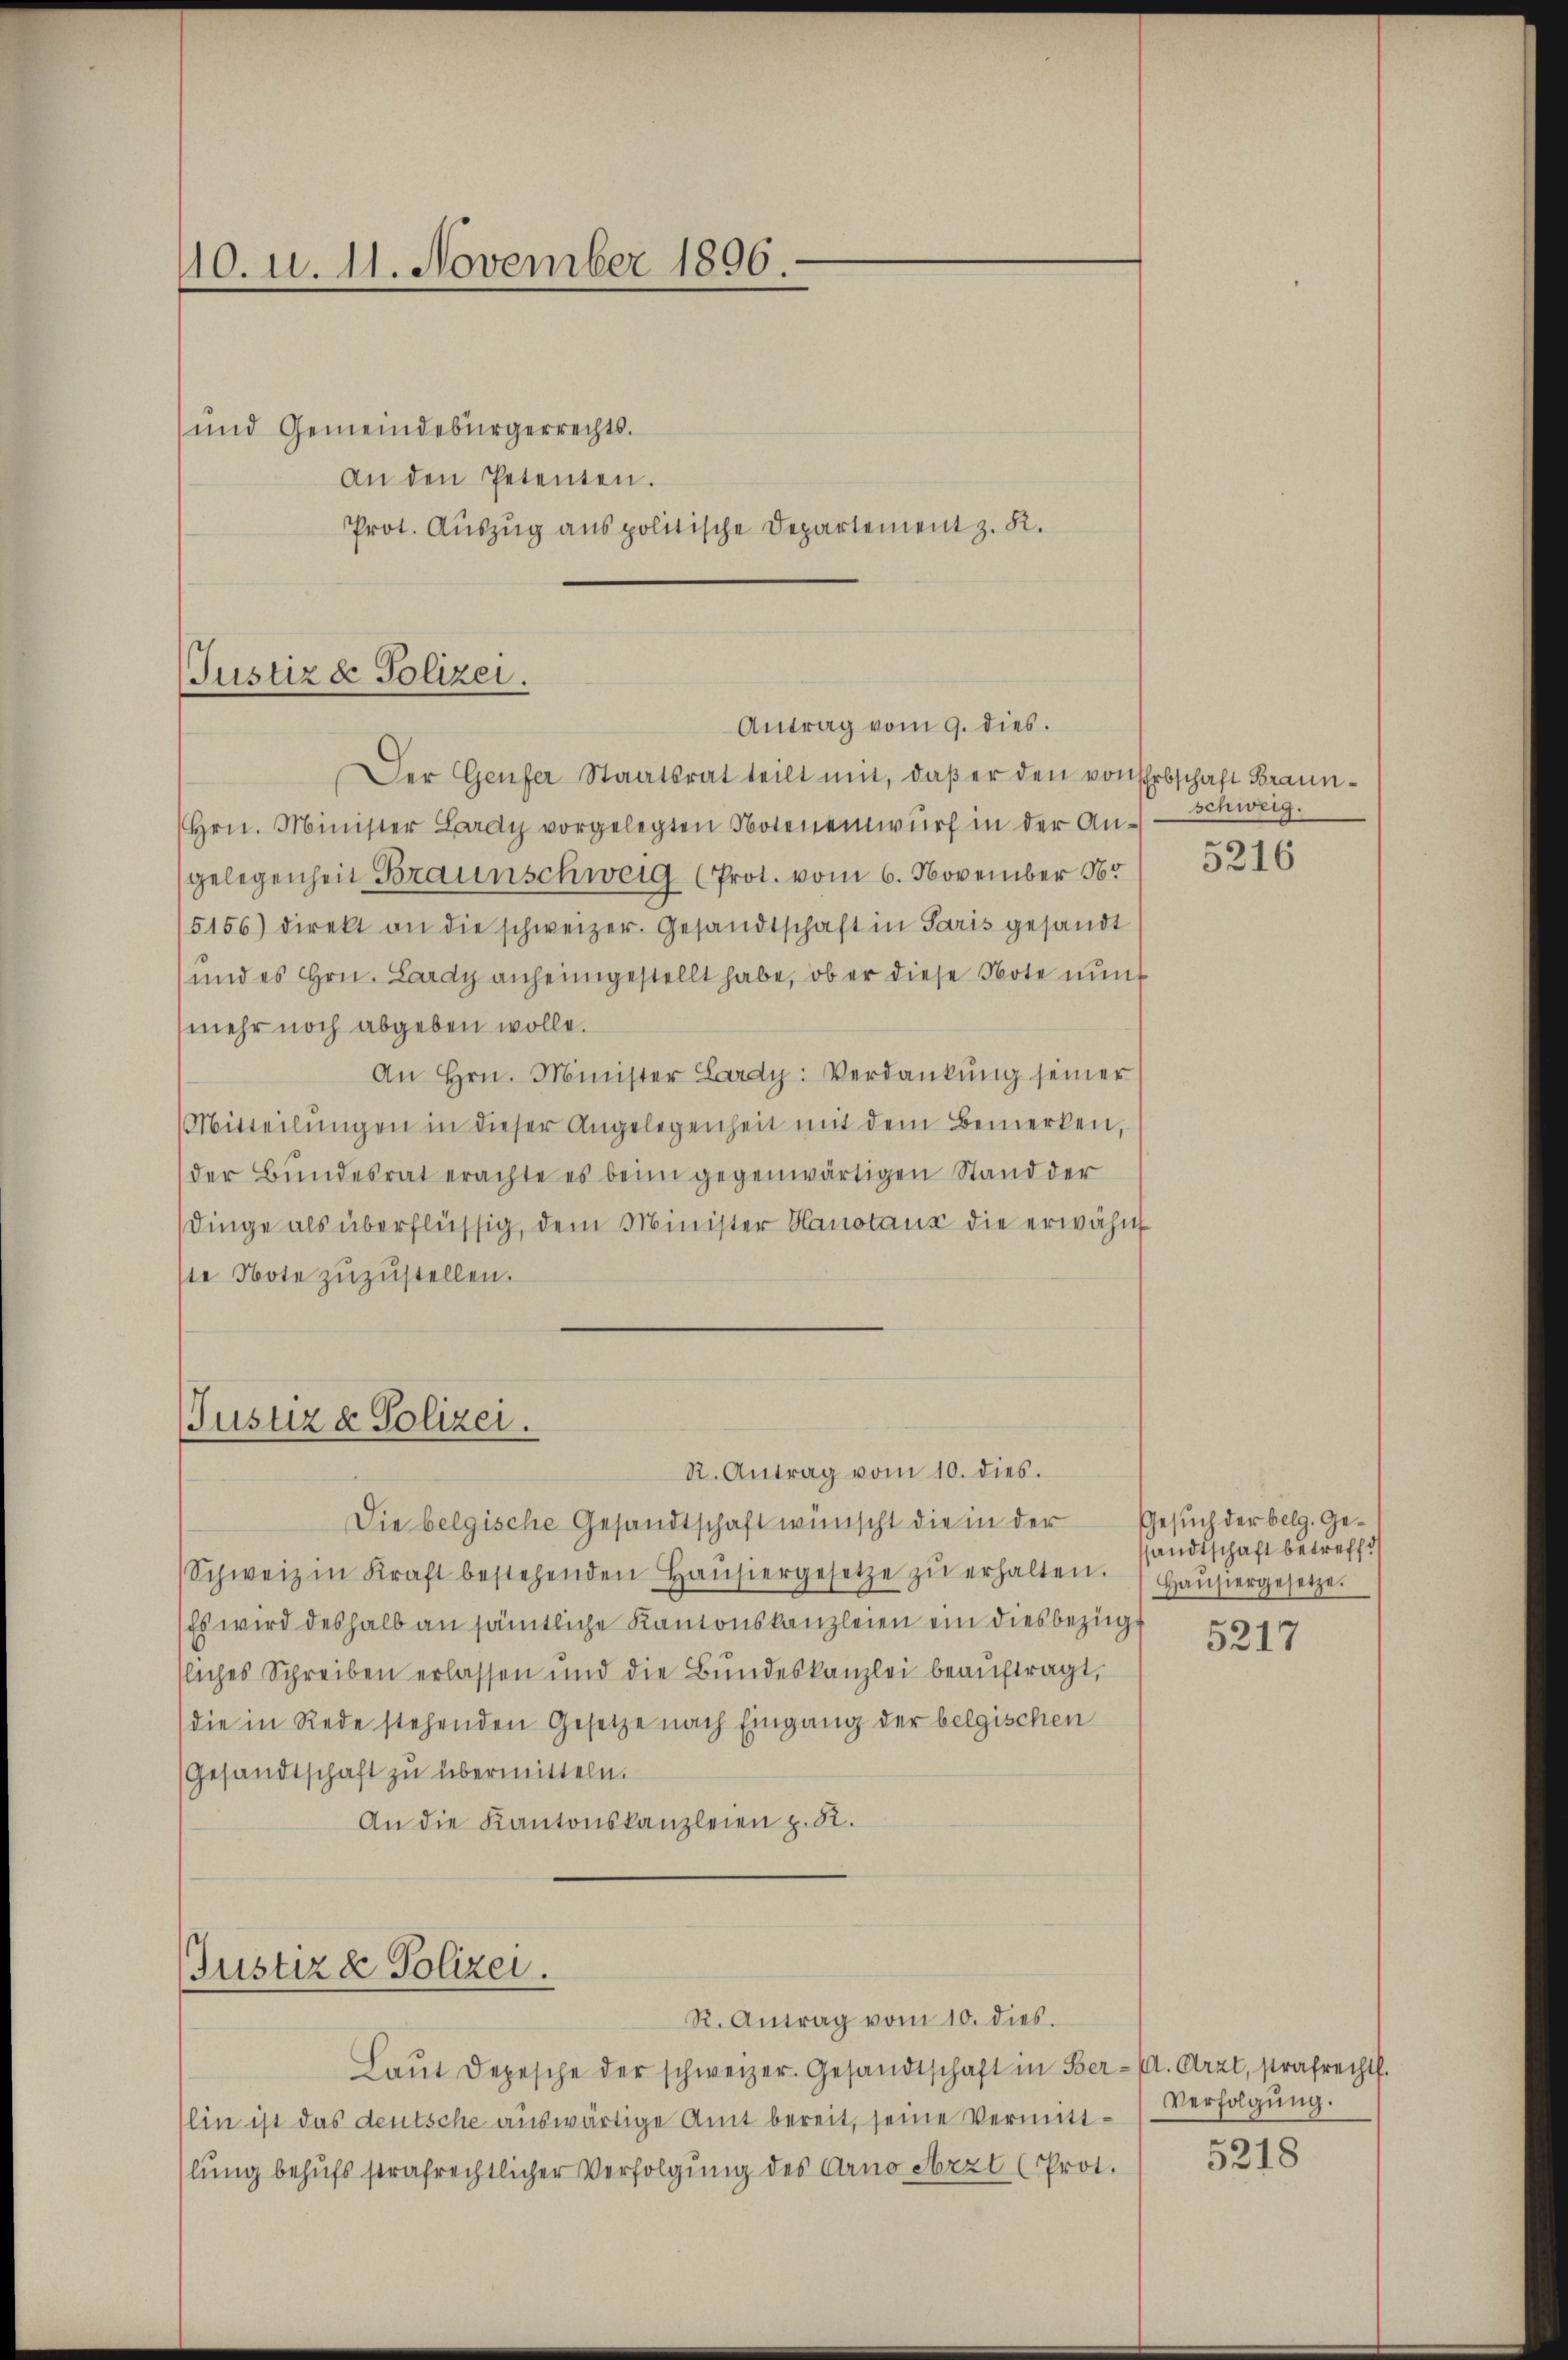
140. u. 11. November 1896.
und Gemeindebürgerrechts.
An den Petenten.
Prot. Auszug aus politische Departement z. R.

Justiz & Polizei.
Antrag vom 9. dies.

Der Genfer Staatsrat teilt mit, daß er den von schrbschaft Braun¬
Hrn. Minister Lardy vorgelegten Noteneinwurf in der Angelegenheit Braunschweig (Prot. vom 6. November 164.
5156) direkt an die schweizer. Gesandtschaft in Paris gesandt
und es Hrn. Lardy anheimgestellt habe, ob er diese Note nunf
mehr noch abgeben wolle.
An Hrn. Minister Lardy: Verdankŭng seiner
Mitteilŭngen in dieser Angelegenheit mit dem Bemerken,
der Bŭndesrat erachte es beim gegenwärtigen Stand der
Dinge als überflüssig, dem Minister Hanotaux die erwähnt
ste Note zuzustellen.

Justiz & Polizei.
R. Antrag vom 10. dies.
Die belgische Gesandtschaft wünscht die in der

Schweiz in Kraft bestehenden Haŭsiergesetze zŭ erhalten.
Es wird deshalb an sämtliche Kantonskanzleien ein diesbezügt
tliches Schreiben erlassen und die Bundeskanzlei beaŭftragt,
die in Rede stehenden Gesetze nach Eingang der belgischen
Gesandtschaft zu übermitteln.
An die Kantonskanzleien z. R.

Justiz & Polizei.
R. Antrag vom 10. dies.

schweig.

Laŭt Depesche der schweizer. Gesandtschaft in Ber-C. Arzt, strafrechts.
(lin ist das deutsche auswärtige Amt bereit, seine Vermittlung behufs strafrechtlicher Verfolgung des Arno Arzt (Prot.

5216

Gesuch der belg. Gessandtschaft betreffe
Haŭsiergesetze.

5217

Verfolgung.

5218